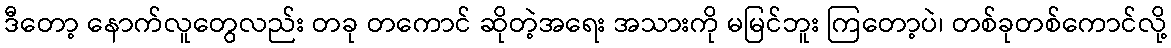
ဒီတော့ နောက်လူတွေလည်း တခု တကောင် ဆိုတဲ့အရေး အသားကို မမြင်ဘူး ကြတော့ပဲ၊ တစ်ခုတစ်ကောင်လို့